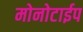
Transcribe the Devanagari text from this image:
मोनोटाईप